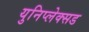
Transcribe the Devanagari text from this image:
युनिप्लेक्सड